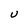
Character: U